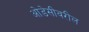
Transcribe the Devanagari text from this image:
ओडेसीवरील